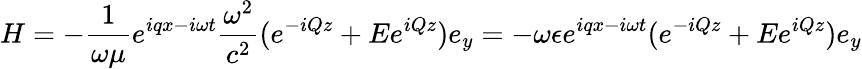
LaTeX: H=-\frac{1}{\omega\mu}e^{iqx-i\omega t}\frac{\omega^{2}}{c^{2}}(e^{-iQz}+Ee^{iQz})e_{y}=-\omega\epsilon e^{iqx-i\omega t}(e^{-iQz}+Ee^{iQz})e_{y}